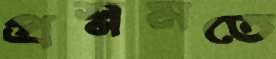
প্রশ্নমতে